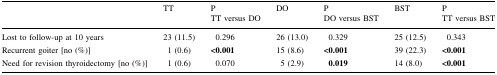
|  | TT | PTT versus DO | DO | PDO versus BST | BST | PTT versus BST |
 | --- | --- | --- | --- | --- | --- | --- |
 | Lost to follow-up at 10 years | 23 (11.5) | 0.296 | 26 (13.0) | 0.329 | 25 (12.5) | 0.343 |
 | Recurrent goiter [no (%)] | 1 (0.6) | <0.001 | 15 (8.6) | <0.001 | 39 (22.3) | <0.001 |
 | Need for revision thyroidectomy [no (%)] | 1 (0.6) | 0.070 | 5 (2.9) | 0.019 | 14 (8.0) | <0.001 |